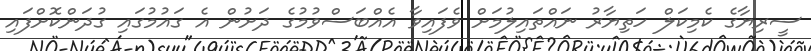
ސީރިޔާގެ ކެމިކަލް ހަތިޔާރު ނައްތައިލުމަށް ވެފައިވާ އެއްބަސްވުމުގެ ދަށުން އެ ގައުމުގައި ގުދަންކޮށްފައި